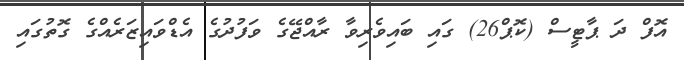
އޮފް ދަ ޕާޓީސް (ކޮޕް26) ގައި ބައިވެރިވާ ރާއްޖޭގެ ވަފުދުގެ އެޑްވައިޒަރެއްގެ ގޮތުގައި